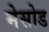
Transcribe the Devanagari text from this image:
मेसोड